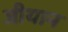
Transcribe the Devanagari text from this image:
जीयान